Civil Veterinary Department Bengal reports 1923-33 - 1923-1933
Year: 1923
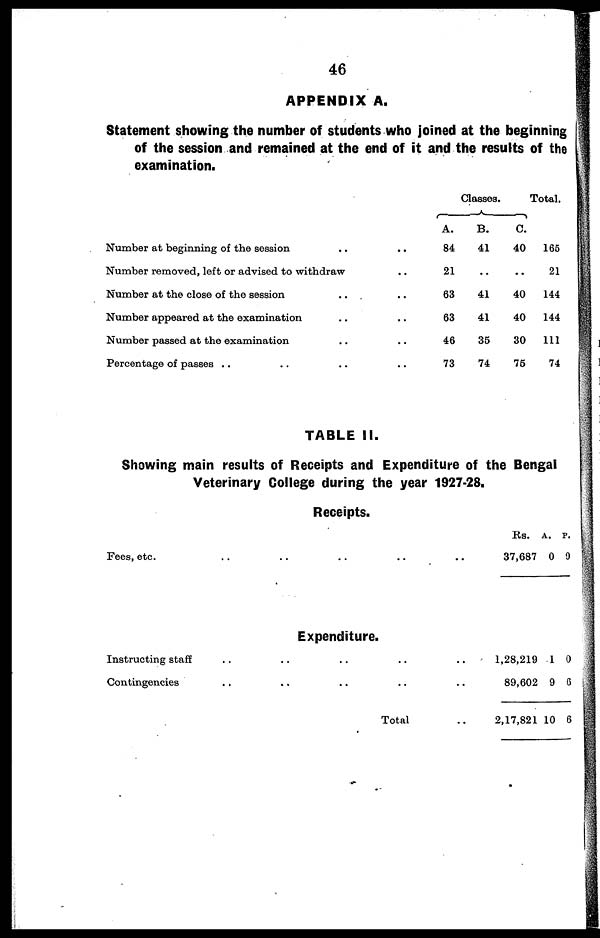
46
APPENDIX A.
Statement showing the number of students who joined at the beginning
of the session and remained at the end of it and the results of the
examination.
Number at beginning of the session ..
Number removed, left or advised to withdraw
Number at the close of the session ..
Number appeared at the examination ..
Number passed at the examination ..
Percentage of passes .. .. ..
..
..
..
..
..
..
A.
84
21
63
63
46
73
Classes.
.
B.
41
..
41
41
35
74
C.
40
..
40
40
30
75
Total.
165
21
144
144
111
74
TABLE II.
Showing main results of Receipts and Expenditure of the Bengal
Veterinary College during the year 1927-28.
Receipts
Fees, etc.
Instructing staff
Contingencies
..
..
..
..
..
Expenditure.
..
..
..
..
..
..
..
Total
..
..
..
..
Rs. a. p.
37,687 0 0
1,28,219 1 0
89,602 9 6
2,17,821 10 6